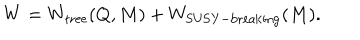
LaTeX: W = W _ { \mathrm { t r e e } } ( Q , M ) + W _ { \mathrm { S U S Y - b r e a k i n g } } ( M ) .